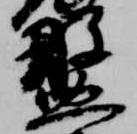
盤